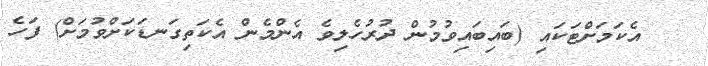
އެކަމަށްޓަކައި (ބައިބައިވުމުން ދުރުހެލިވެ އެންމެން އެކަތިގަނޑަކަށްވުމަށް) ފަހެ